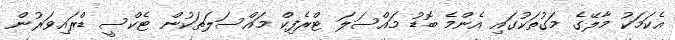
އެކަމަކު މާލޭގެ މަގުތަކުގައި އެންމެ ބޮޑު މައްސަލަ ޓްރެފިކް މައްސަލަތަކުން ޓެކްސީ ޑްރައިވަރުން